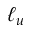
\ell _ { u }